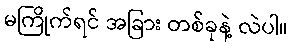
မကြိုက်ရင် အခြား တစ်ခုနဲ့ လဲပါ။